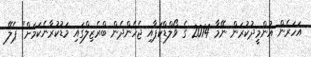
އަހަރެން އުންމީދުކުރަން ނޭމާ 2014 ގެ ވޯލްޑްކަޕާއި ޖެހެންދެން ބްރެޒިލްގައި މަޑުކުރާނެކަމަށް" ޕެލޭ